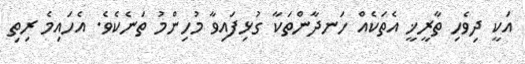
އަކީ ދިވެހި ތާރީޚީ އެތަކެއް ހަނދާންތަކާ ގުޅިފައިވާ މުހިންމު ތަނެކެވެ. އެހައިމެ ރިތި